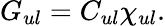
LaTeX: G_{ul}=C_{ul}\chi_{ul}.